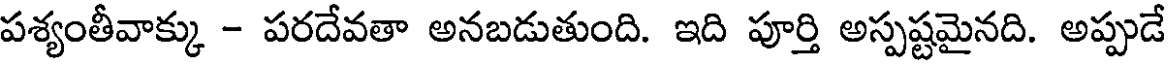
పశ్యంతీవాక్కు - పరదేవతా అనబడుతుంది. ఇది పూర్తి అస్పష్టమైనది. అప్పుడే